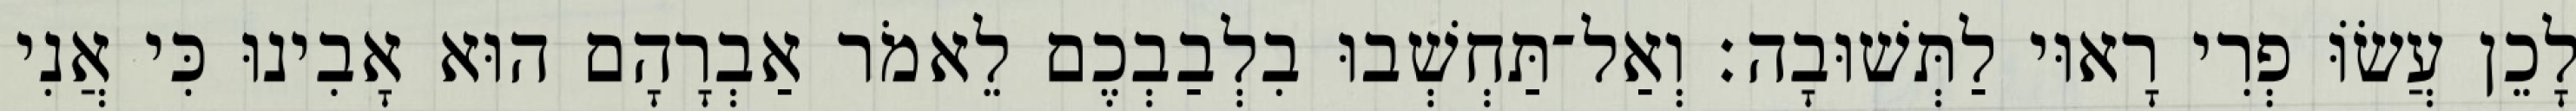
לָכֵן עֲשׂוֹּ פְרִי רָאוּי לַתְּשׁוּבָה׃ וְאַל־תַּחְשְׁבוּ בִלְבַבְכֶם לֵאמֹר אַבְרָהָם הוּא אָבִינוּ כִּי אֲנִי